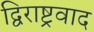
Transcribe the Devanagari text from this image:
द्विराष्ट्रवाद